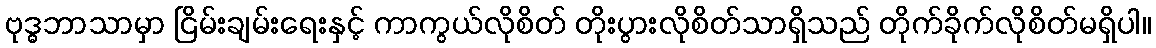
ဗုဒ္ဓဘာသာမှာ ငြိမ်းချမ်းရေးနှင့် ကာကွယ်လိုစိတ် တိုးပွားလိုစိတ်သာရှိသည် တိုက်ခိုက်လိုစိတ်မရှိပါ။